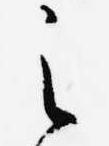
之